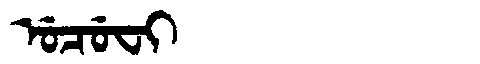
Manchu: ᡠᠴᡠᠸᡳ
Romanization: UCUFI